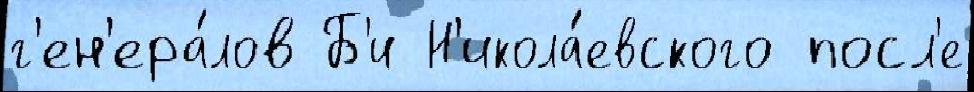
г'ен'ера́лов Б'и Н'икола́евского посл'е